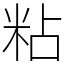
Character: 粘